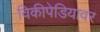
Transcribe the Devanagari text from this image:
विकीपेडियावर